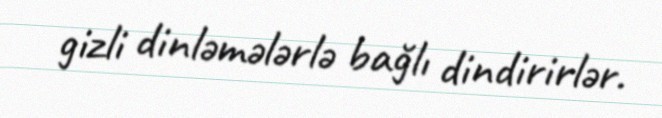
gizli dinləmələrlə bağlı dindirirlər.